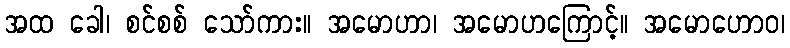
အထ ခေါ၊ စင်စစ် သော်ကား။ အမောဟာ၊ အမောဟကြောင့်။ အမောဟောဝ၊